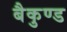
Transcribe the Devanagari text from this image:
बैकुण्ड